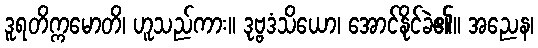
ဒူရတိက္ကမောတိ၊ ဟူသည်ကား။ ဒုဗ္ဗဒံသိယော၊ အောင်နိုင်ခဲ၏။ အညေန၊